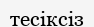
тесіксіз